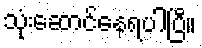
သုံးဆောင်နေရပါပြီ။